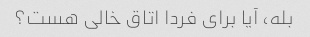
بله، آیا برای فردا اتاق خالی هست؟